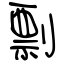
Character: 剽